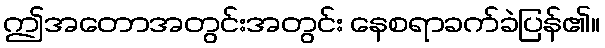
ဤအတောအတွင်းအတွင်း နေစရာခက်ခဲပြန်၏။